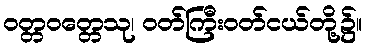
ဝတ္တဝတ္တေသု၊ ဝတ်ကြီးဝတ်ငယ်တို့၌။